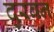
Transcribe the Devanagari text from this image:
दुरबन